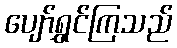
ပျော်ရွှင်ကြသည်